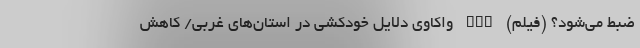
ضبط می‌شود؟ (فیلم) nan واکاوی دلایل خودکشی در استان‌های غربی/ کاهش